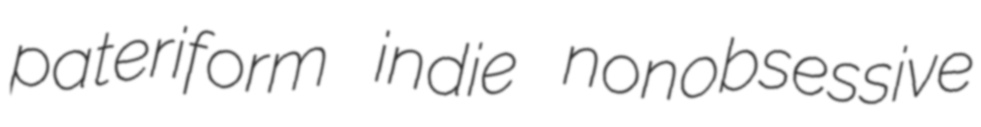
pateriform indie nonobsessive